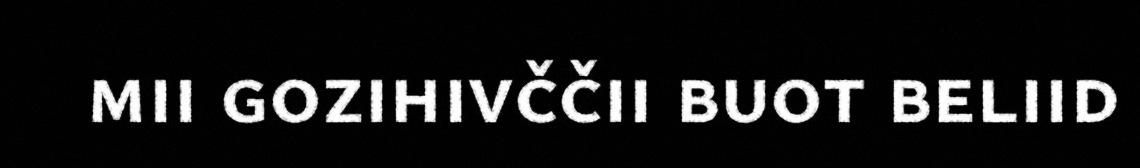
mii gozihivččii buot beliid